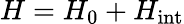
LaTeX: H=H_{0}+H_{\mathrm{int}}